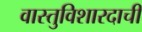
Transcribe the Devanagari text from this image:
वास्तुविशारदाची